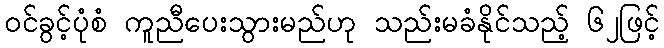
ဝင်ခွင့်ပုံစံ ကူညီပေးသွားမည်ဟု သည်းမခံနိုင်သည့် ၆၂ဖြင့်